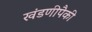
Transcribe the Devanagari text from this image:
खंडणीपैकी